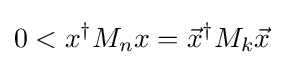
0<x^{\dagger }M_{n}x={\vec {x}}^{\dagger }M_{k}{\vec {x}}